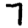
Digit: 7